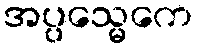
အပ္ပသ္မေကေ